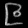
Digit: ၉